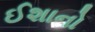
ઈશાનો